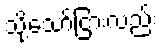
သို့သော်ငြားလည်း